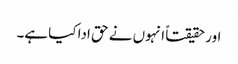
اور حقیقتاً انہوں نے حق ادا کیا ہے۔